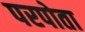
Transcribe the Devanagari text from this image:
परपोता